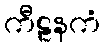
ကီဠနကံ